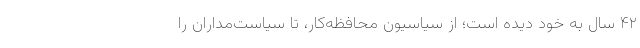
۴۲ سال به خود دیده است؛ از سیاسیون محافظه‌کار، تا سیاست‌مداران را